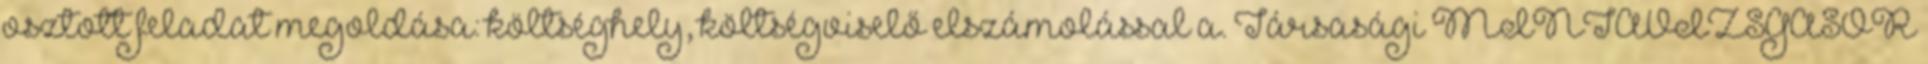
osztott feladat megoldása: költséghely, költségviselő elszámolással a. Társasági MINTAVIZSGASOR